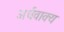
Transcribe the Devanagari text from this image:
अर्धवाक्य